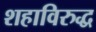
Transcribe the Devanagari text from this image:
शहाविरुद्ध